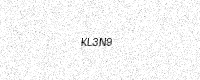
Text: KL3N9